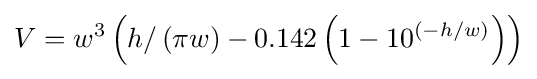
V=w^{3}\left(h/\left(\pi w\right)-0.142\left(1-10^{\left(-h/w\right)}\right)\right)